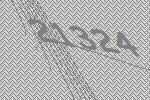
21324